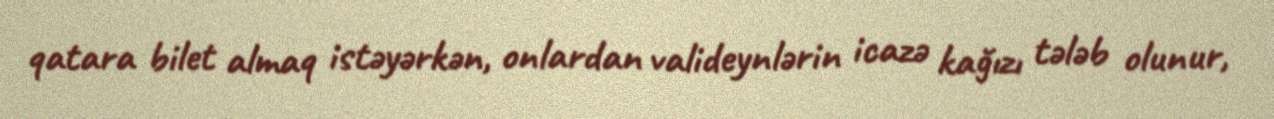
qatara bilet almaq istəyərkən, onlardan valideynlərin icazə kağızı tələb olunur,